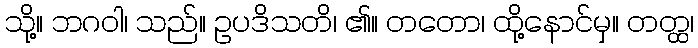
သို့။ ဘဂဝါ၊ သည်။ ဥပဒိသတိ၊ ၏။ တတော၊ ထို့နောင်မှ။ တတ္ထ၊